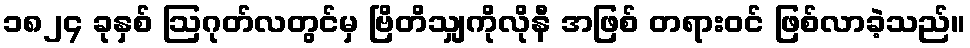
၁၈၂၄ ခုနှစ် ဩဂုတ်လတွင်မှ ဗြိတိသျှကိုလိုနီ အဖြစ် တရားဝင် ဖြစ်လာခဲ့သည်။